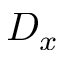
D _ { x }